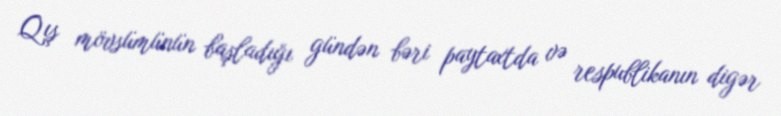
Qış mövsümünün başladığı gündən bəri paytaxtda və respublikanın digər